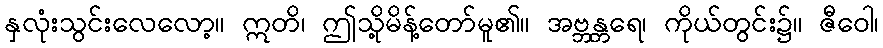
နှလုံးသွင်းလေလော့။ ဣတိ၊ ဤသို့မိန့်တော်မူ၏။ အဗ္ဘန္တရေ၊ ကိုယ်တွင်း၌။ ဇီဝေါ၊